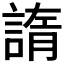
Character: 𧩭